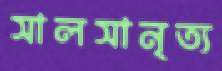
সালসানৃত্য